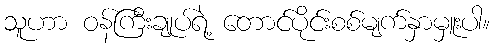
သူဟာ ဝန်ကြီးချုပ်ရဲ့ တောင်ပိုင်းစစ်မျက်နှာမှူးပါ။